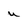
Character: U